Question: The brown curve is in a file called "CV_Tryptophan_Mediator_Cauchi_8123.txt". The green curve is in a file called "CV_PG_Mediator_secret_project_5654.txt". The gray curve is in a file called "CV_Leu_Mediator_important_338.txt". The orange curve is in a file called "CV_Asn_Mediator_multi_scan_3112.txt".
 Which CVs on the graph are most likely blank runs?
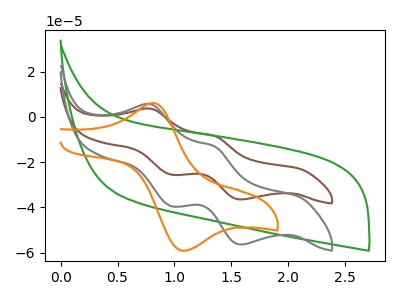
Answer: <think>The brown curve "Mediator + Tryptophan" has anodic peaks at (0.80V, 3.60uA) (1.35V, -8.40uA) and cathodic peaks at (0.95V, -25.50uA) (1.60V, -36.50uA). The green curve "Mediator + PG" has no peaks. The gray curve "Mediator + Leu" has anodic peaks at (0.80V, 5.60uA) (1.35V, -13.00uA) and cathodic peaks at (0.95V, -39.45uA) (1.60V, -56.40uA). The orange curve "Mediator + Asn" has an anodic peak at (0.80V, 6.15uA) and a cathodic peak at (1.10V, -59.10uA).</think>
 <answer>"Mediator + PG" is likely to be a blank.</answer>
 <eval>Mediator + PG</eval>